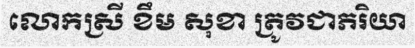
លោកស្រី ខឹម សុខា ត្រូវជាភរិយា